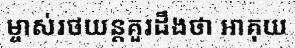
ម្ចាស់រថយន្តគួរដឹងថា អាគុយ